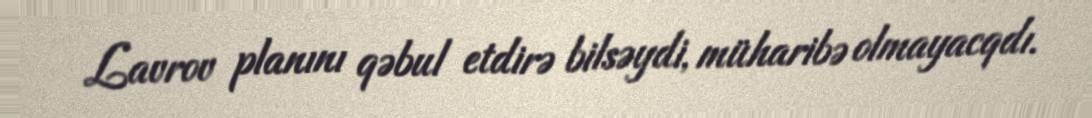
Lavrov planını qəbul etdirə bilsəydi, müharibə olmayacqdı.